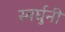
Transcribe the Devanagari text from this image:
स्वर्घुनी